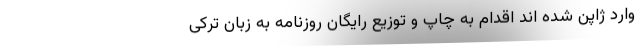
وارد ژاپن شده اند اقدام به چاپ و توزیع رایگان روزنامه به زبان ترکی